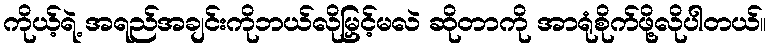
ကိုယ့်ရဲ့ အရည်အချင်းကိုဘယ်လိုမြှင့်မလဲ ဆိုတာကို အာရုံစိုက်ဖို့လိုပါတယ်။